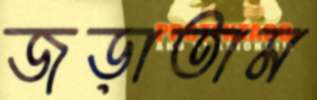
জড়াতাম